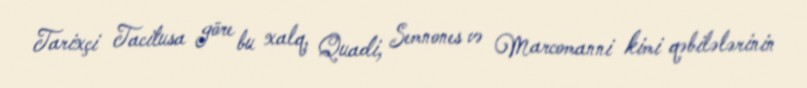
Tarixçi Tacitusa göre bu xalq, Quadi, Semnones və Marcomanni kimi qəbilələrinin